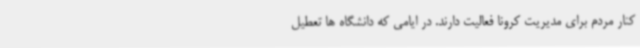
کنار مردم برای مدیریت کرونا فعالیت دارند. در ایامی که دانشگاه ها تعطیل